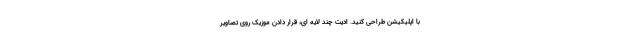
با اپلیکیشن طراحی کنید. ادیت چند لایه ای، قرار دادن موزیک روی تصاویر